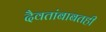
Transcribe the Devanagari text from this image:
दैवतांबाबतही